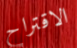
الاقتراح